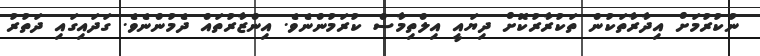
ނުކުރުމަށް އިދާރާތަކުން ތަކުރާރުކޮށް ދިޔައީ އިލްތިމާސް ކުރަމުންނެވެ. އިންޒާރުތައް ދެމުންނެވެ. ގަދައިގައި ދަތުރު